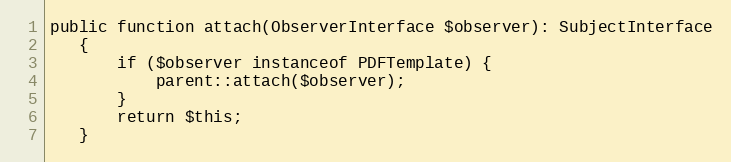
Language: PHP
public function attach(ObserverInterface $observer): SubjectInterface
   {
       if ($observer instanceof PDFTemplate) {
           parent::attach($observer);
       }
       return $this;
   }